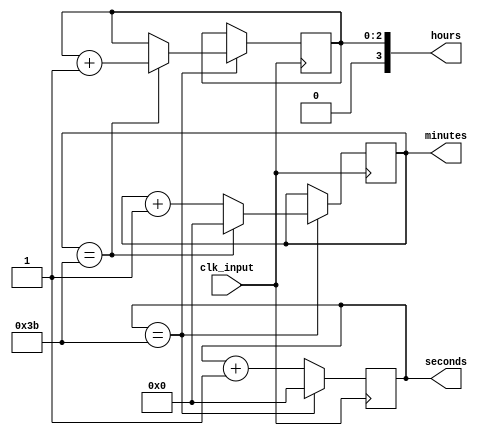
module binary_clock_divider (
  input wire clk_input,
  output wire [3:0] hours,
  output wire [5:0] minutes,
  output wire [5:0] seconds
);

reg [2:0] hours_reg;
reg [5:0] minutes_reg;
reg [5:0] seconds_reg;

always @ (posedge clk_input) begin
  // Counter for seconds
  if (seconds_reg == 59) begin
    seconds_reg <= 0;
    // Counter for minutes
    if (minutes_reg == 59) begin
      minutes_reg <= 0;
      // Counter for hours
      if (hours_reg == 23) begin
        hours_reg <= 0;
      end else begin
        hours_reg <= hours_reg + 1;
      end
    end else begin
      minutes_reg <= minutes_reg + 1;
    end
  end else begin
    seconds_reg <= seconds_reg + 1;
  end
end

assign hours = hours_reg;
assign minutes = minutes_reg;
assign seconds = seconds_reg;

endmodule